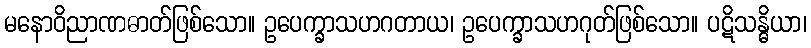
မနောဝိညာဏဓာတ်ဖြစ်သော။ ဥပေက္ခာသဟဂတာယ၊ ဥပေက္ခာသဟဂုတ်ဖြစ်သော။ ပဋိသန္ဓိယာ၊